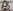
Text: A5